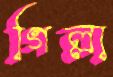
গিল্লা